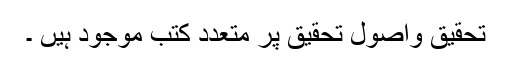
تحقیق واصول تحقیق پر متعدد کتب موجود ہیں ۔